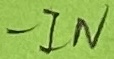
Text: -IN